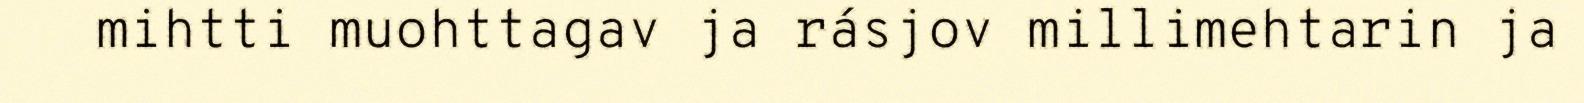
mihtti muohttagav ja rásjov millimehtarin ja